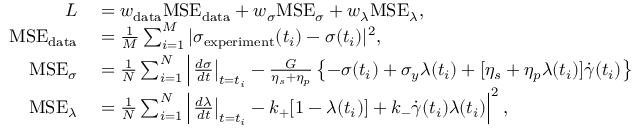
\begin{array} { r l } { L } & { { } = w _ { \mathrm { d a t a } } \mathrm { M S E _ { \mathrm { d a t a } } } + w _ { \sigma } \mathrm { M S E } _ { \sigma } + w _ { \lambda } \mathrm { M S E } _ { \lambda } , } \\ { \mathrm { M S E _ { \mathrm { d a t a } } } } & { { } = \frac { 1 } { M } \sum _ { i = 1 } ^ { M } | \sigma _ { \mathrm { e x p e r i m e n t } } ( t _ { i } ) - \sigma ( t _ { i } ) | ^ { 2 } , } \\ { \mathrm { M S E } _ { \sigma } } & { { } = \frac { 1 } { N } \sum _ { i = 1 } ^ { N } \left| \left. \frac { d \sigma } { d t } \right| _ { t = t _ { i } } - \frac { G } { \eta _ { s } + \eta _ { p } } \left\{ - \sigma ( t _ { i } ) + \sigma _ { y } \lambda ( t _ { i } ) + [ \eta _ { s } + \eta _ { p } \lambda ( t _ { i } ) ] \dot { \gamma } ( t _ { i } ) \right\} \right| ^ { 2 } , } \\ { \mathrm { M S E } _ { \lambda } } & { { } = \frac { 1 } { N } \sum _ { i = 1 } ^ { N } \left| \left. \frac { d \lambda } { d t } \right| _ { t = t _ { i } } - k _ { + } [ 1 - \lambda ( t _ { i } ) ] + k _ { - } \dot { \gamma } ( t _ { i } ) \lambda ( t _ { i } ) \right| ^ { 2 } , } \end{array}